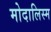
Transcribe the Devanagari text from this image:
मोदालिस्म